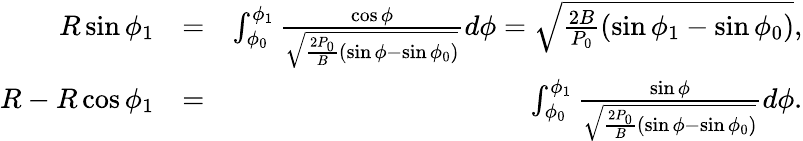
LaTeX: \begin{array}{rlr}{R\sin\phi_{1}}&{=}&{\int_{\phi_{0}}^{\phi_{1}}\frac{\cos\phi}{\sqrt{\frac{2P_{0}}{B}(\sin\phi-\sin\phi_{0})}}d\phi=\sqrt{\frac{2B}{P_{0}}(\sin\phi_{1}-\sin\phi_{0})},}\\ {R-R\cos\phi_{1}}&{=}&{\int_{\phi_{0}}^{\phi_{1}}\frac{\sin\phi}{\sqrt{\frac{2P_{0}}{B}(\sin\phi-\sin\phi_{0})}}d\phi.}\end{array}